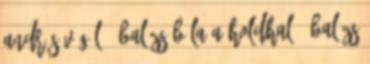
András VÉGÜL 1 Balázs Béla A HOLDHAL 1 Balázs